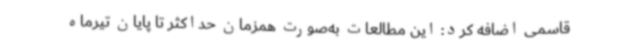
قاسمی اضافه کرد: این مطالعات به‌صورت همزمان حداکثر تا پایان تیرماه